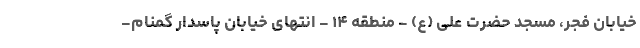
خیابان فجر، مسجد حضرت علی (ع) - منطقه ۱۴ - انتهای خیابان پاسدار گمنام-